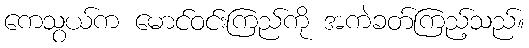
ကေသွယ်က မောင်ဝင်းကြည်ကို အကဲခတ်ကြည့်သည်။